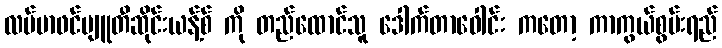
လပ်မာဖင်ဗျူတီဆိုင်းယန့်စ် ကို တည်ထောင်သူ ဒေါက်တာဝေါင်း ကတော့ ကာကွယ်စွမ်းရည်